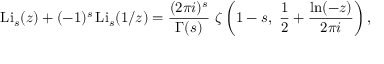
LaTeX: \operatorname { L i } _ { s } ( z ) + ( - 1 ) ^ { s } \operatorname { L i } _ { s } ( 1 / z ) = { \frac { ( 2 \pi i ) ^ { s } } { \Gamma ( s ) } } ~ \zeta \left( 1 - s , ~ { \frac { 1 } { 2 } } + { \frac { \ln ( - z ) } { 2 \pi i } } \right) ,